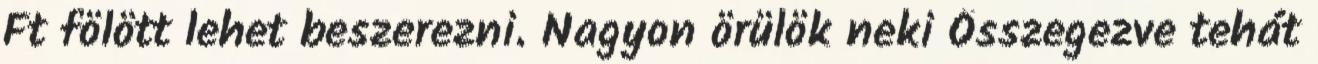
Ft fölött lehet beszerezni. Nagyon örülök neki Összegezve tehát